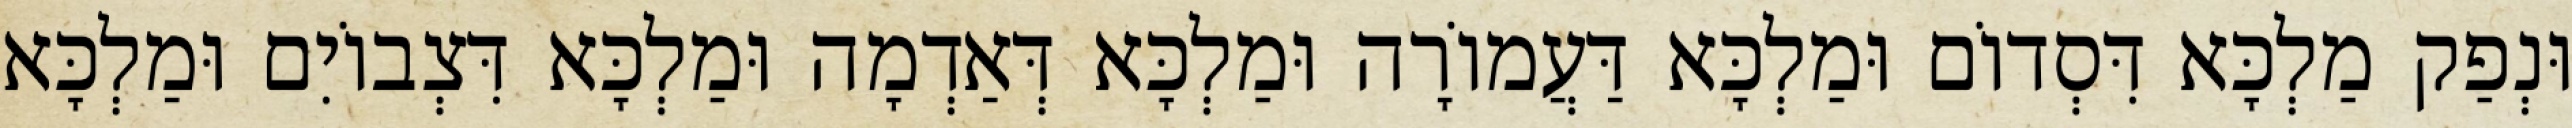
וּנְפַק מַלְכָּא דִּסְדוֹם וּמַלְכָּא דַּעֲמוֹרָה וּמַלְכָּא דְּאַדְמָה וּמַלְכָּא דִּצְבוֹיִם וּמַלְכָּא